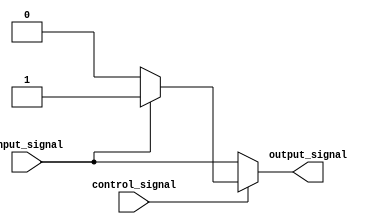
module voltage_level_shifter (
    input wire input_signal,
    input wire control_signal,
    output reg output_signal
);

always @ (input_signal or control_signal)
begin
    if (control_signal == 1'b0) begin
        output_signal <= input_signal; // pass through unchanged
    end else begin
        if (input_signal == 1'b0) begin
            output_signal <= 1'b0; // convert low voltage level to low voltage level
        end else begin
            output_signal <= 1'b1; // convert high voltage level to high voltage level
        end
    end
end

endmodule